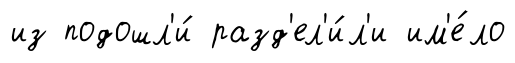
из подошл'и́ разд'ел'и́л'и им'е́ло